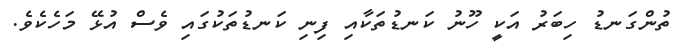
ތުންގަނޑު ހިބަރު އަކީ ހޫނު ކަނޑުތަކާއި ފިނި ކަނޑުތަކުގައި ވެސް އުޅޭ މަހެކެވެ.